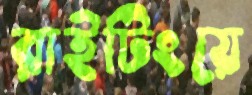
রাইটিংয়ে